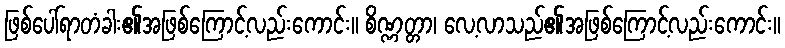
ဖြစ်ပေါ်ရာတံခါး၏အဖြစ်ကြောင့်လည်းကောင်း။ စိဏ္ဏတ္တာ၊ လေ့လာသည်၏အဖြစ်ကြောင့်လည်းကောင်း။